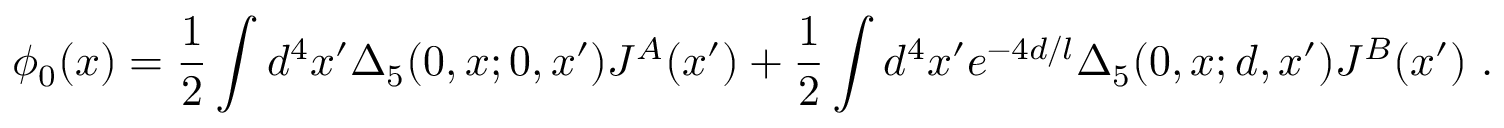
\phi _ { 0 } ( x ) = { \frac { 1 } { 2 } } \int d ^ { 4 } x ^ { \prime } \Delta _ { 5 } ( 0 , x ; 0 , x ^ { \prime } ) J ^ { A } ( x ^ { \prime } ) + { \frac { 1 } { 2 } } \int d ^ { 4 } x ^ { \prime } e ^ { - 4 d / l } \Delta _ { 5 } ( 0 , x ; d , x ^ { \prime } ) J ^ { B } ( x ^ { \prime } ) \ .